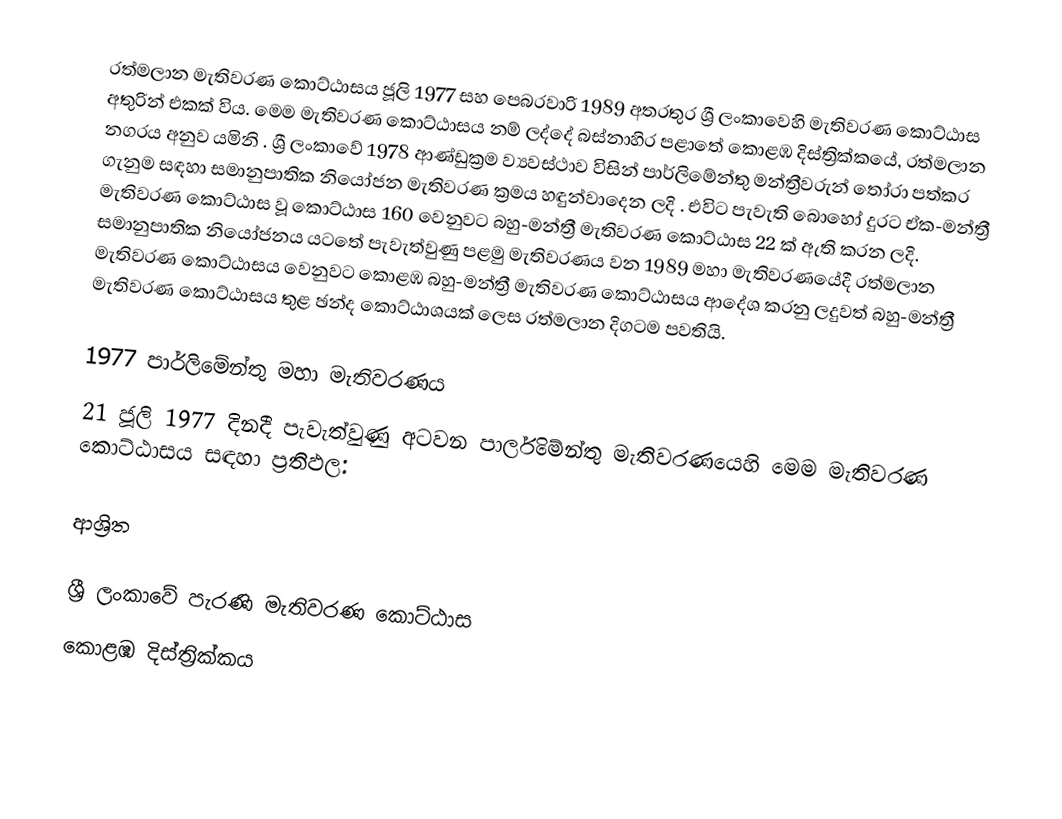
රත්මලාන මැතිවරණ කොට්ඨාසය ජූලි 1977 සහ පෙබරවාරි 1989 අතරතුර  ශ්‍රී ලංකාවෙහි  මැතිවරණ කොට්ඨාස අතුරින් එකක් විය. මෙම මැතිවරණ කොට්ඨාසය නම් ලද්දේ  බස්නාහිර පළාතේ  කොළඹ  දිස්ත්‍රික්කයේ,  රත්මලාන   නගරය අනුව යමිනි . ශ්‍රී ලංකාවේ 1978 ආණ්ඩුක්‍රම ව්‍යවස්ථාව විසින්   පාර්ලිමේන්තු මන්ත්‍රීවරුන් තෝරා පත්කර ගැනුම සඳහා සමානුපාතික නියෝජන මැතිවරණ ක්‍රමය හඳුන්වාදෙන ලදි . එවිට පැවැති බොහෝ දුරට  ඒක-මන්ත්‍රී මැතිවරණ කොට්ඨාස වූ කොට්ඨාස 160 වෙනුවට බහු-මන්ත්‍රී මැතිවරණ කොට්ඨාස 22 ක් ඇති කරන ලදි. සමානුපාතික නියෝජනය යටතේ පැවැත්වුණු පළමු මැතිවරණය වන 1989 මහා මැතිවරණයේදී  රත්මලාන මැතිවරණ කොට්ඨාසය වෙනුවට  කොළඹ බහු-මන්ත්‍රී මැතිවරණ කොට්ඨාසය  ආදේශ කරනු ලදුවත් බහු-මන්ත්‍රී මැතිවරණ කොට්ඨාසය තුළ ඡන්ද කොට්ඨාශයක් ලෙස රත්මලාන දිගටම පවතියි.

1977 පාර්ලිමේන්තු මහා මැතිවරණය
21 ජූලි 1977 දිනදී පැවැත්වුණු  අටවන පාර්ලිමේන්තු මැතිවරණයෙහි මෙම මැතිවරණ කොට්ඨාසය සඳහා ප්‍රතිඵල:

ආශ්‍රිත

ශ්‍රී ලංකාවේ පැරණි මැතිවරණ කොට්ඨාස
 කොළඹ දිස්ත්‍රික්කය